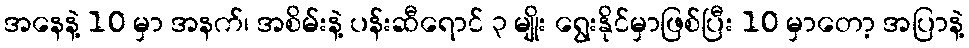
အနေနဲ့ 10 မှာ အနက်၊ အစိမ်းနဲ့ ပန်းဆီရောင် ၃ မျိုး ရွေးနိုင်မှာဖြစ်ပြီး 10 မှာတော့ အပြာနဲ့